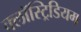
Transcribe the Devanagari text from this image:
क्लॉस्ट्रिडियम